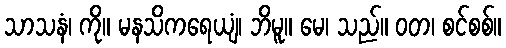
သာသနံ၊ ကို။ မနသိကရေယျံ၊ ဘိမူ။ မေ၊ သည်။ ဝတ၊ စင်စစ်။